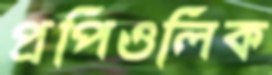
প্রপিওলিক